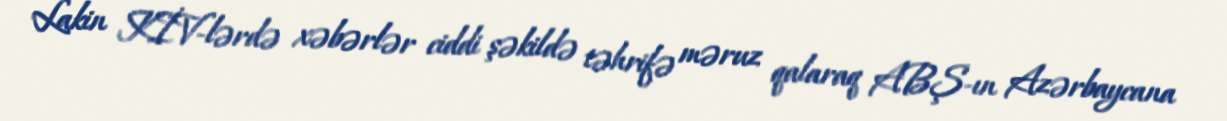
Lakin KİV-lərdə xəbərlər ciddi şəkildə təhrifə məruz qalaraq ABŞ-ın Azərbaycana